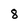
Character: 8